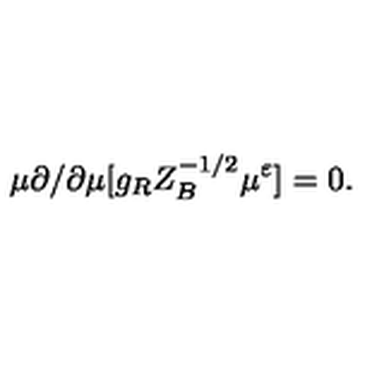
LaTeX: \mu \partial / \partial \mu [ g _ { R } Z _ { B } ^ { - 1 / 2 } \mu ^ { \varepsilon } ] = 0 .